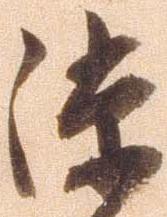
隙